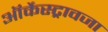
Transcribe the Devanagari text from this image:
ऑर्केस्ट्रावजा